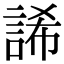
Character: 䛥